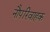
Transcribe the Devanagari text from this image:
नौपरिवाहक